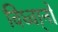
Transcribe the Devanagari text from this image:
विध्वा्नो